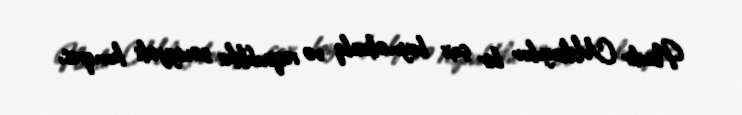
Nadir Mikayılov bir çox beynəlxalq və respublika səviyyəli konqres,